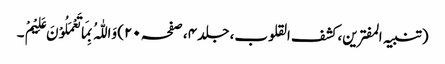
(تنبیہ المفترین، کشف القلوب، جلد ۴، صفحہ ۲۰) وَاللّٰہُ بِمَا تَعْمَلُوْنَ عَلِیْمْ ۔